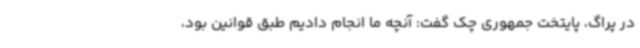
در پراگ، پایتخت جمهوری چک گفت: آنچه ما انجام دادیم طبق قوانین بود،